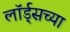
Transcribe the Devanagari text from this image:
लॉर्ड्‌सच्या